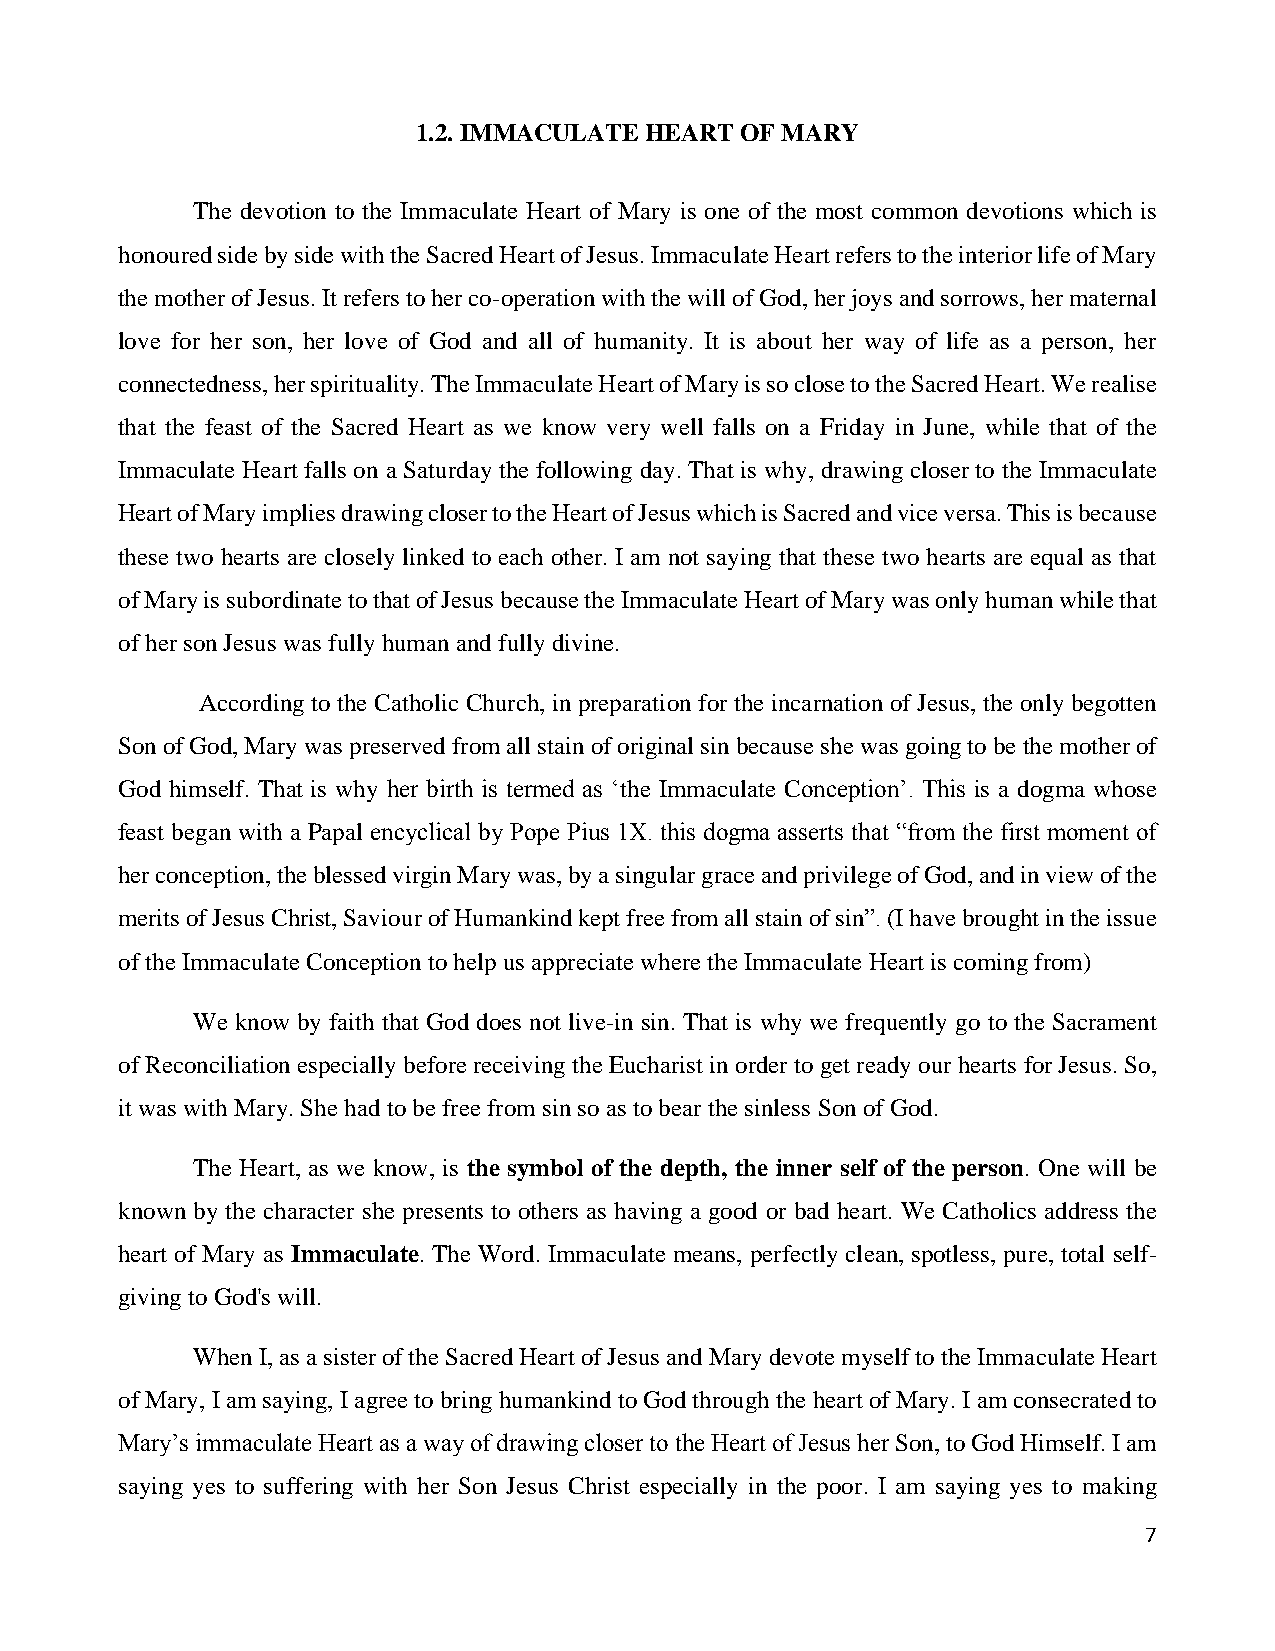
1.2. IMMACULATE HEART OF MARY
 The devotion to the Immaculate Heart of Mary is one of the most common devotions which is
 honoured side by side with the Sacred Heart of Jesus. Immaculate Heart refers to the interior life of Mary
 the mother of Jesus. It refers to her co-operation with the will of God, her joys and sorrows, her maternal
 love for her son, her love of God and all of humanity. It is about her way of life as a person, her
 connectedness, her spirituality. The Immaculate Heart of Mary is so close to the Sacred Heart. We realise
 that the feast of the Sacred Heart as we know very well falls on a Friday in June, while that of the
 Immaculate Heart falls on a Saturday the following day. That is why, drawing closer to the Immaculate
 Heart of Mary implies drawing closer to the Heart of Jesus which is Sacred and vice versa. This is because
 these two hearts are closely linked to each other. I am not saying that these two hearts are equal as that
 of Mary is subordinate to that of Jesus because the Immaculate Heart of Mary was only human while that
 of her son Jesus was fully human and fully divine.
 According to the Catholic Church, in preparation for the incarnation of Jesus, the only begotten
 Son of God, Mary was preserved from all stain of original sin because she was going to be the mother of
 God himself. That is why her birth is termed as ‘the Immaculate Conception’. This is a dogma whose
 feast began with a Papal encyclical by Pope Pius 1X. this dogma asserts that “from the first moment of
 her conception, the blessed virgin Mary was, by a singular grace and privilege of God, and in view of the
 merits of Jesus Christ, Saviour of Humankind kept free from all stain of sin”. (I have brought in the issue
 of the Immaculate Conception to help us appreciate where the Immaculate Heart is coming from)
 We know by faith that God does not live-in sin. That is why we frequently go to the Sacrament
 of Reconciliation especially before receiving the Eucharist in order to get ready our hearts for Jesus. So,
 it was with Mary. She had to be free from sin so as to bear the sinless Son of God.
 The Heart, as we know, is the symbol of the depth, the inner self of the person. One will be
 known by the character she presents to others as having a good or bad heart. We Catholics address the
 heart of Mary as Immaculate. The Word. Immaculate means, perfectly clean, spotless, pure, total self-
 giving to God's will.
 When I, as a sister of the Sacred Heart of Jesus and Mary devote myself to the Immaculate Heart
 of Mary, I am saying, I agree to bring humankind to God through the heart of Mary. I am consecrated to
 Mary’s immaculate Heart as a way of drawing closer to the Heart of Jesus her Son, to God Himself. I am
 saying yes to suffering with her Son Jesus Christ especially in the poor. I am saying yes to making
 7